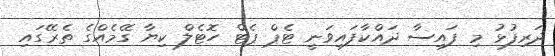
ދަރިފުޅު މި ފައިސާ ދައްކާފައިވަނީ ޓެޕް ޕެޓް ހޮޓެލް ކިޔާ ގޭމެއްގެ ތެރޭގައި